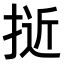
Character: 𭡕